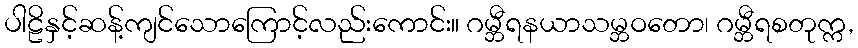
ပါဠိနှင့်ဆန့်ကျင်သောကြောင့်လည်းကောင်း။ ဂမ္ဘီရနယာသမ္ဘဝတော၊ ဂမ္ဘီရစတုက္က,